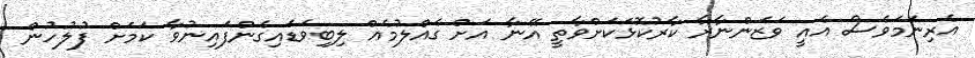
އެރިނަމަވެސް އެއީ ވަޒަންނާރާ ކާރުކޮޅަކަށްވާތީ އޭނާ އަށް ގެއްލުމެއް ލިބިވަޑައިގެންފައިނުވާ ކަމަށް ފުލުހުން